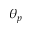
\theta _ { p }